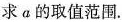
求α的取值范围。